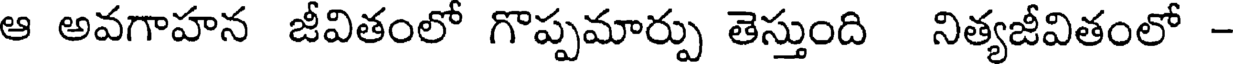
ఆ అవగాహన జీవితంలో గొప్పమార్పు తెస్తుంది నిత్యజీవితంలో -